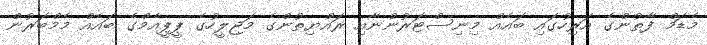
މެޑަމް ފާތުންގެ އަރިހުގައި ބައެއް މިނިސްޓަރުންނާއި ރައްޔިތުންގެ މަޖިލީހުގެ ޕީޕީއެމްގެ ބައެއް މެމްބަރުން